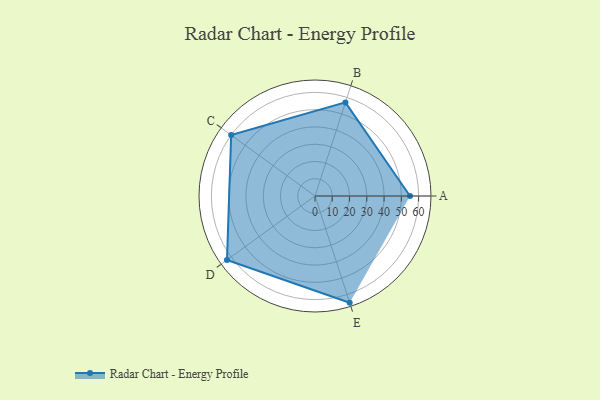
{"axis": {"x": "Skill", "y": "Score"}, "legend": ["Profile"], "data": [{"x": "A", "y": 55.0, "type": "Profile"}, {"x": "B", "y": 57.0, "type": "Profile"}, {"x": "C", "y": 60.0, "type": "Profile"}, {"x": "D", "y": 63.0, "type": "Profile"}, {"x": "E", "y": 65.0, "type": "Profile"}]}